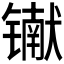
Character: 𰾾